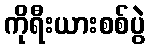
ကိုရီးယားစစ်ပွဲ